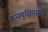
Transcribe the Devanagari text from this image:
कन्फ्यूशियसाचे